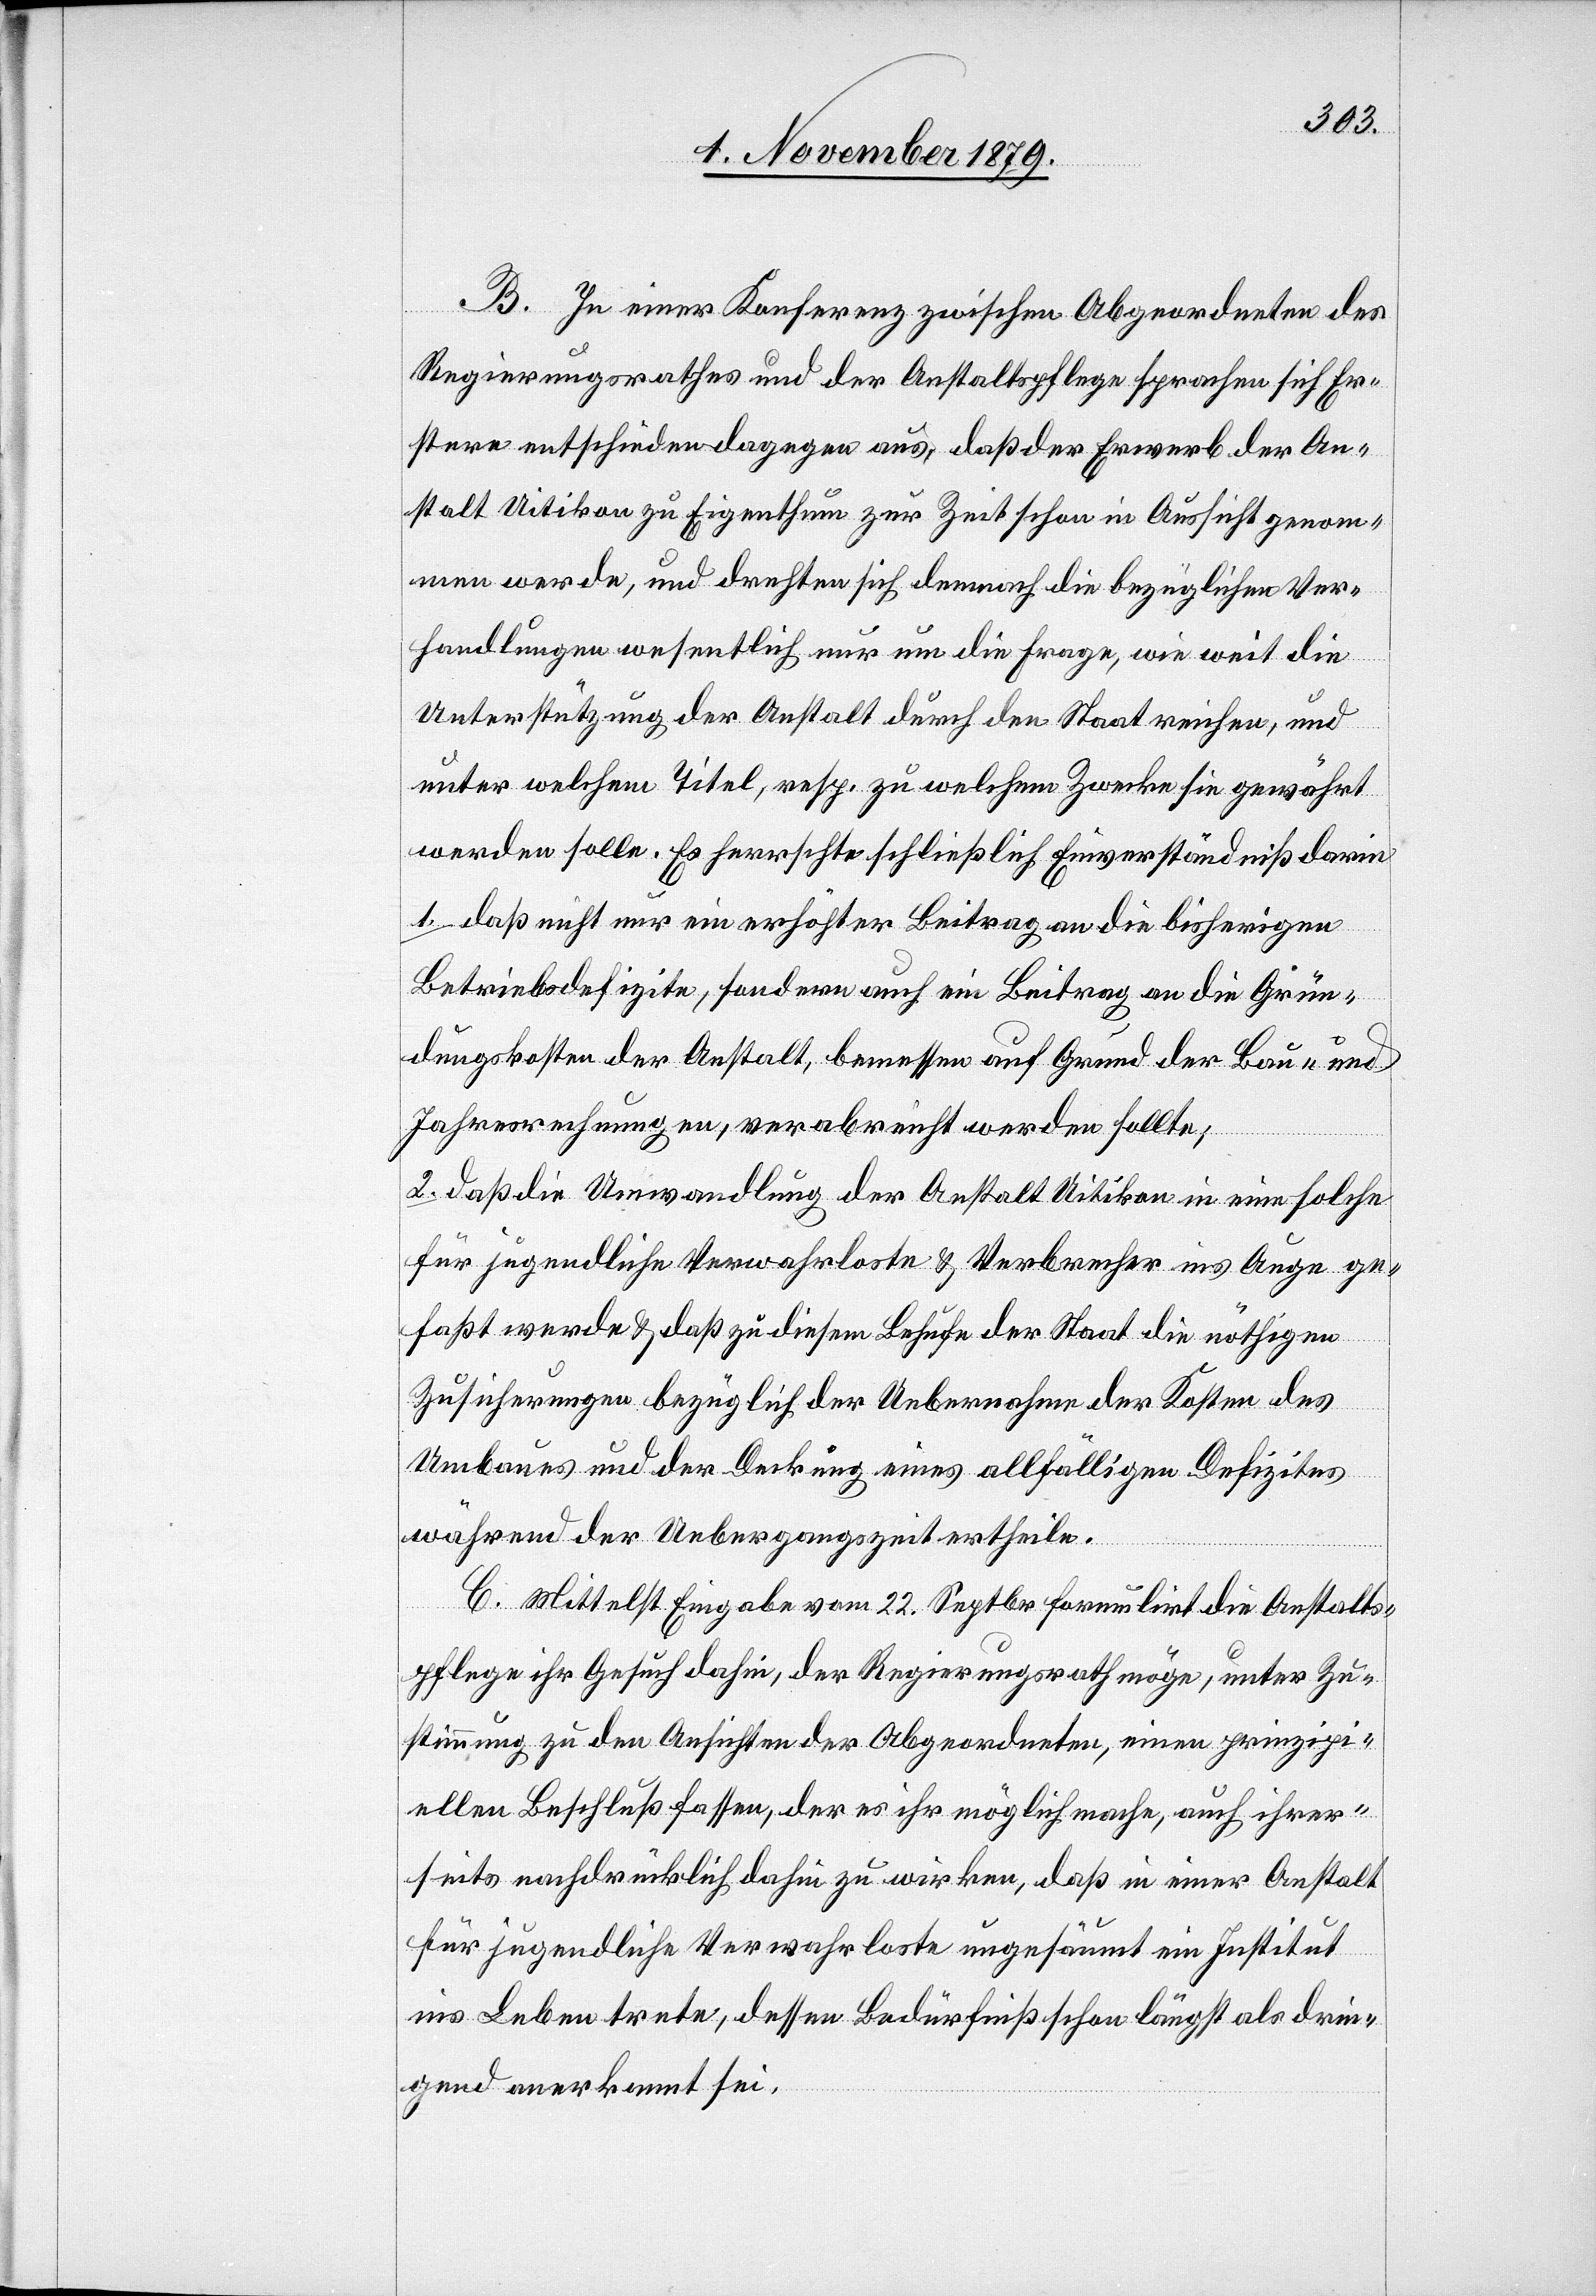
B. In einer Konferenz zwischen Abgeordneten des
Regierungsrathes und der Anstaltspflege sprechen sich Er¬
stere entschieden dagegen aus, daß der Erwerb der An¬
stalt Uitikon zu Eigenthum zur Zeit schon in Aussicht genom¬
men werde, und drehten sich demnach die bezüglichen Ver¬
handlungen wesentlich nur um die Frage, wie weit die
Unterstützung der Anstalt durch den Staat reichen, und
unter welchem Titel, resp. zu welchem Zwecke sie gewährt
werden solle. Es herrschte schließlich Einverständniß darin
1. daß nicht nur ein erhöhter Beitrag an die bisherigen
Betriebsdefizite, sondern auch ein Beitrag an die Grün¬
dungskosten der Anstalt, bemessen auf Grund der Bau- und
Jahresrechnungen, verabreicht werden sollte;
2. daß die Umwandlung der Anstalt Uitikon in eine solche
für jugendliche Verwahrloste & Verbrecher ins Auge ge¬
faßt werde & daß zu diesem Behufe der Staat die nöthigen
Zusicherungen bezüglich der Uebernahme der Kosten des
Umbaus und der Deckung eines allfälligen Defizites
während der Uebergangszeit ertheile.
C. Mittelst Eingabe vom 22. Septbr formulirt die Anstalts¬
pflege ihr Gesuch dahin, der Regierungsrath möge, unter Zu¬
sicherung zu den Ansichten der Abgeordneten, einen prinzipi¬
ellen Beschluß fassen, der es ihr möglich mache, auch ihrer¬
seits nachdrücklich dahin zu wirken, daß in einer Anstalt
für jugendliche Verwahrloste ungesäumt ein Institut
ins Leben trete, dessen Bedürfniß schon längst als drin¬
gend anerkannt sei.